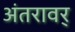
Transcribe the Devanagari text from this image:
अंतरावर्